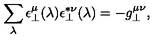
\sum _ { \lambda } \epsilon _ { \perp } ^ { \mu } ( \lambda ) \epsilon _ { \perp } ^ { * \nu } ( \lambda ) = - g _ { \perp } ^ { \mu \nu } ,